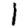
Digit: 1